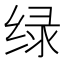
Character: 绿